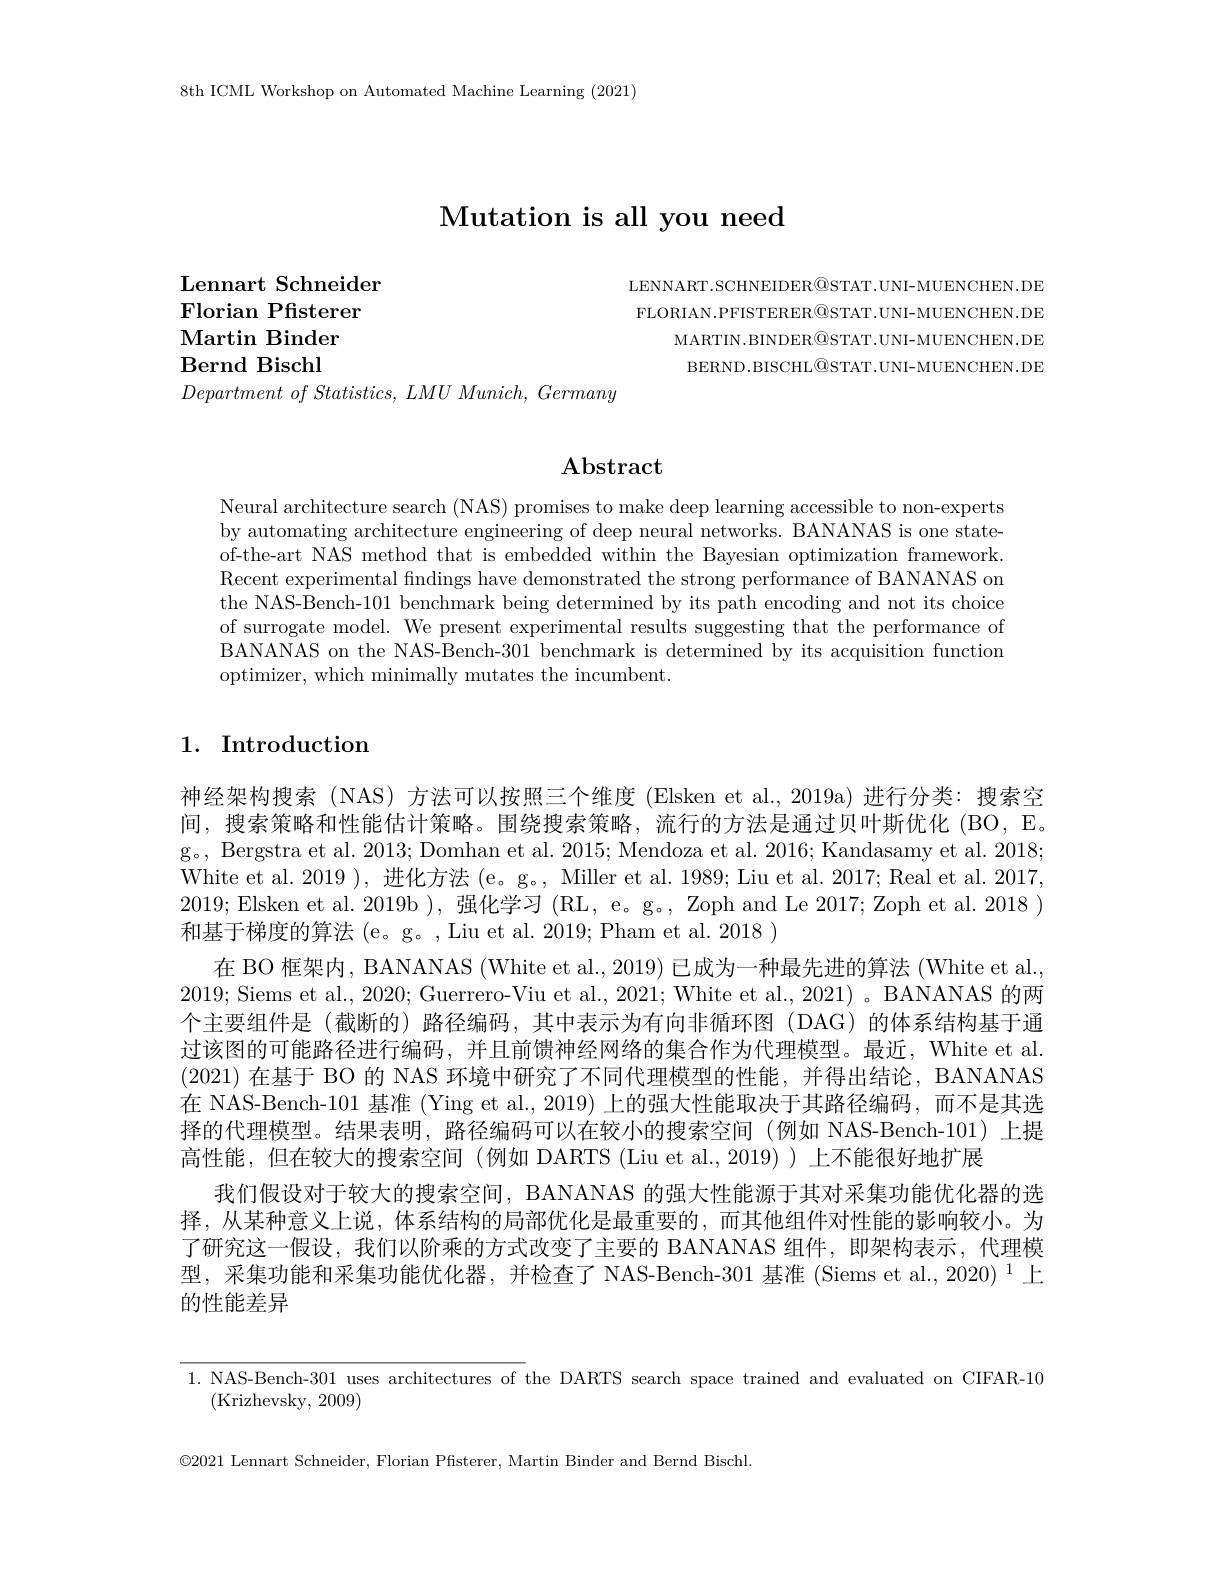
8th ICML Workshop on Automated Machine Learning (2021)

# $\textbf{Mutation is all you need}$

LENNART.SCHNEIDER@STAT.UNI-MUENCHEN.DE FLORIAN.PFISTERER@STAT.UNI-MUENCHEN.DE
MARTIN.BINDER$\textcircled{\mathrm{OSTAT.UNI-MUENCHEN.DE}}$ BERND.BISCHL@STAT.UNI-MUENCHEN.DE

Lennart Schneider
Florian Pfisterer
$\textbf{Martin Binder}$ Bernd Bischl

$Department\textit{ of Statistics, LMU Munich, Germany}$

# $\mathbf{Abstract}$

Neural architecture search (NAS) promises to make deep learning accessible to non-experts by automating architecture engineering of deep neural networks. BANANAS is one stateof-the-art NAS method that is embedded within the Bayesian optimization framework. Recent experimental fndings have demonstrated the strong performance of BANANAS on the NAS-Bench-101 benchmark being determined by its path encoding and not its choice of surrogate model. We present experimental results suggesting that the performance of BANANAS on the NAS-Bench-301 benchmark is determined by its acquisition function optimizer, which minimally mutates the incumbent.

# 1. Introduction

神经架构搜索 (NAS) 方法可以按照三个维度 (Elsken et al.,2019a)进行分类：搜索空间，搜索策略和性能估计策略。围绕搜索策略，流行的方法是通过贝叶斯优化(BO,E。g。, Bergstra et al. 2013; Domhan et al. 2015; Mendoza et al. 2016; Kandasamy et al. 2018; White et al. 2019 ), 进化方法 (e。g。, Miller et al. 1989; Liu et al. 2017; Real et al. 2017, 2019; Elsken et al. 2019b ), 强化学习 (RL, e。g。, Zoph and Le 2017; Zoph et al. 2018 ) 和基于梯度的算法 (e。g。, Liu et al. 2019; Pham et al. 2018 )
在 BO 框架内，BANANAS (White et al., 2019) 已成为一种最先进的算法 (White et al., 2019; Siems et al., 2020; Guerrero-Viu et al., 2021; White et al., 2021) 。BANANAS 的两个主要组件是(截断的)路径编码，其中表示为有向非循环图(DAG)的体系结构基于通过该图的可能路径进行编码，并且前馈神经网络的集合作为代理模型。最近，White et al. (2021)在基于 BO 的 NAS 环境中研究了不同代理模型的性能，并得出结论，BANANAS 在 NAS-Bench-101 基准 (Ying et al., 2019) 上的强大性能取决于其路径编码，而不是其选择的代理模型。结果表明，路径编码可以在较小的搜索空间 (例如 NAS-Bench-101)上提高性能，但在较大的搜索空间(例如 DARTS(Liu et al.,2019))上不能很好地扩展
我们假设对于较大的搜索空间，BANANAS 的强大性能源于其对采集功能优化器的选择，从某种意义上说，体系结构的局部优化是最重要的，而其他组件对性能的影响较小。为了研究这一假设，我们以阶乘的方式改变了主要的 BANANAS 组件，即架构表示，代理模型，采集功能和采集功能优化器，并检查了 NAS-Bench-301 基准 (Siems et al., 2020) $^1$上的性能差异

1. NAS-Bench-301 uses architectures of the DARTS search space trained and evaluated on CIFAR-10
(Krizhevsky, 2009)
$\textcircled{2}021$ Lennart Schneider, Florian Pfisterer, Martin Binder and Bernd Bischl